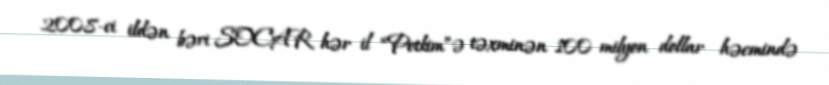
2008-ci ildən bəri SOCAR hər il “Petkim”ə təxminən 100 milyon dollar həcmində